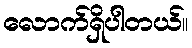
လောက်ရှိပါတယ်။